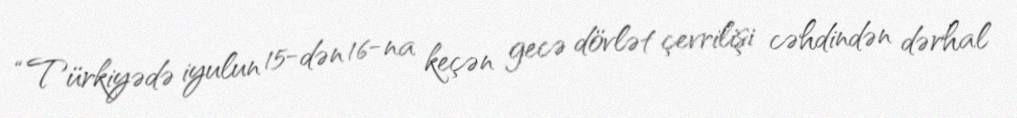
“Türkiyədə iyulun 15-dən 16-na keçən gecə dövlət çevrilişi cəhdindən dərhal